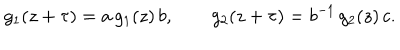
LaTeX: g _ { 1 } ( z + \tau ) = a \, g _ { 1 } ( z ) \, b , \qquad g _ { 2 } ( z + \tau ) = b ^ { - 1 } \, g _ { 2 } ( z ) \, c .